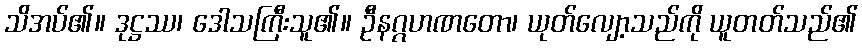
သိအပ်၏။ ဒုဋ္ဌဿ၊ ဒေါသကြီးသူ၏။ ဦနဂ္ဂဟဏတော၊ ယုတ်လျော့သည်ကို ယူတတ်သည်၏